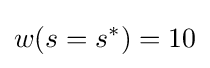
w(s=s^{*})=10